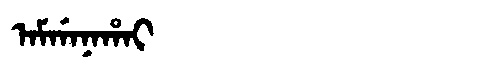
Manchu: ᠠᠮᡤᠠᠨᠠᡥᠠᡳ
Romanization: AMGANAHAI